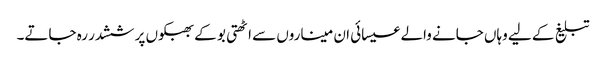
تبلیغ کے لیے وہاں جانے والے عیسائی ان میناروں سے اٹھتی بو کے بھبکوں پر ششدر رہ جاتے۔